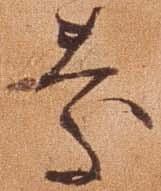
慶